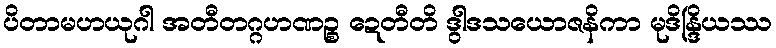
ပိတာမဟယုဂါ အတီတဂ္ဂဟဏဉ္စ ဍေတီတိ ဒွါဒသယောဇနိကာ မုဒိန္ဒြိယဿ